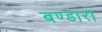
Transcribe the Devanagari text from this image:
बण्डारा